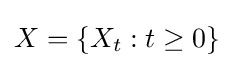
X=\{X_{t}:t\geq 0\}